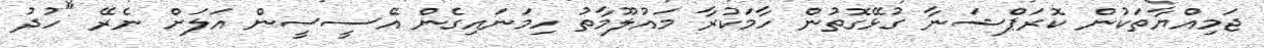
ޖަމިއްޔާތަކުން ކޮރަޕްޝަނާ ގުޅޭގޮތުން ހާމަކުރާ މައުލޫމާތު ހިމަނައިގެން އޭސީސީން އަލަށް ނެރޭ "ހުދު